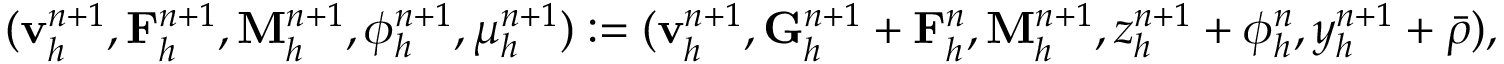
( \mathbf { v } _ { h } ^ { n + 1 } , \mathbf { F } _ { h } ^ { n + 1 } , \mathbf { M } _ { h } ^ { n + 1 } , \phi _ { h } ^ { n + 1 } , \mu _ { h } ^ { n + 1 } ) : = ( \mathbf { v } _ { h } ^ { n + 1 } , \mathbf { G } _ { h } ^ { n + 1 } + \mathbf { F } _ { h } ^ { n } , \mathbf { M } _ { h } ^ { n + 1 } , z _ { h } ^ { n + 1 } + \phi _ { h } ^ { n } , y _ { h } ^ { n + 1 } + \bar { \rho } ) ,